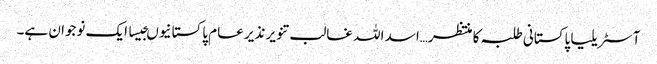
آسٹریلیا پاکستانی طلبہ کا منتظر…اسد اللہ غالب تنویر نذیر عام پاکستانیوںجیسا ایک نوجوان ہے۔